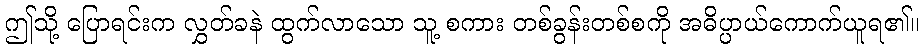
ဤသို့ ပြောရင်းက လွှတ်ခနဲ ထွက်လာသော သူ့ စကား တစ်ခွန်းတစ်စကို အဓိပ္ပာယ်ကောက်ယူရ၏။